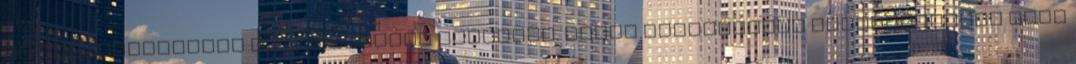
és elkerülhetitek az ellentétes mintákat. Ennek megfelelően lehetőségetek lesz